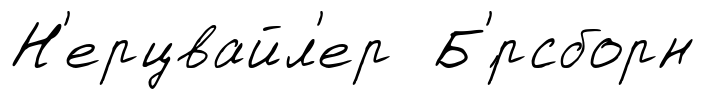
Н'ерцвайл'ер Б'́рсборн